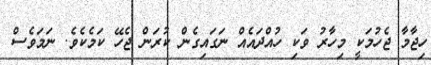
ހިޖާމާ ޖެހުމަކީ މިހާރު ވަކި ހުއްދައެއް ނަގައިގެން ކުރަން ޖެހޭ ކަމެކެވެ. ނަމަވެސް